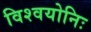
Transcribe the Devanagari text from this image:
विश्वयोनिः